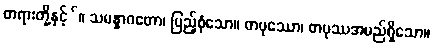
တရားတို့နှင့််။ သမန္နာဂတော၊ ပြည့်စုံသော။ တပုဿော၊ တပုဿအမည်ရှိသော။